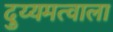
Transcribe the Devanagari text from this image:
दुय्यमत्वाला